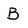
Character: B